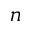
n